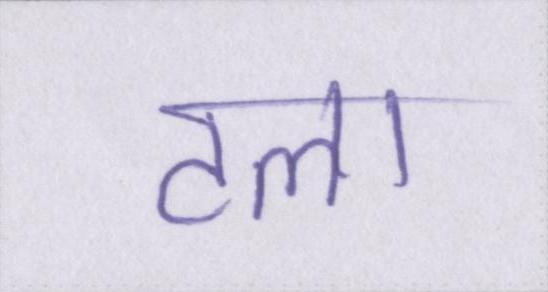
टला